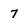
Character: 7